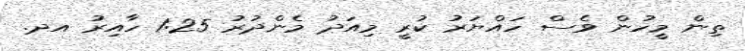
ތިން މީހުން ވެސް ހައްޔަރު ކުރީ މިއަދު މެންދުރު 1:25 ހާއިރު އދ.